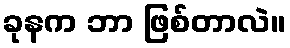
ခုနက ဘာ ဖြစ်တာလဲ။